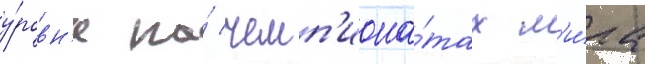
у́ровн'е на́ чемп'иона́тах м'и́ра